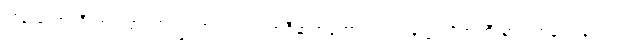
ဘုန်းတော်ကြီးက ကြားလို့ ကြွလာပါတယ်၊ အဲဒီဆရာတော်ကလဲ ပခုက္ကူတိုက်ကြီးမှာ ရဟန်းကလေး